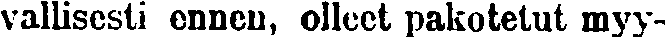
vallisesti ennen, olleet pakotetut myy-